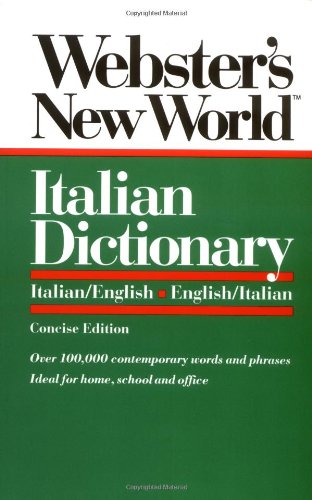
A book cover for Webster's New World Italian Dictionary: Italian/English, English/Italian; Reference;